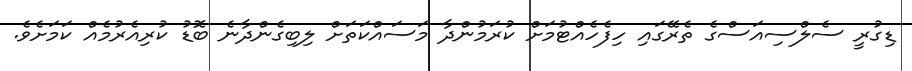
ޑިގުރީ ސެލްސިއަސްގެ ތެރޭގައި ހިފެހެއްޓުމަށް ކުރަމުންދާ މަސައްކަތަށް ލިބިގެންދާނެ ބޮޑު ކުރިއެރުމެއް ކަމަށެވެ.